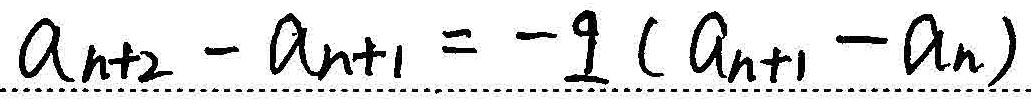
\(a_{n + 2}-a_{n + 1}=-9(a_{n + 1}-a_{n})\)